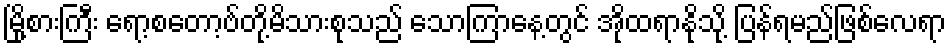
မြို့စားကြီး ရော့စတော့ဗ်တို့မိသားစုသည် သောကြာနေ့တွင် အိုထရာနိုသို့ ပြန်ရမည်ဖြစ်လေရာ